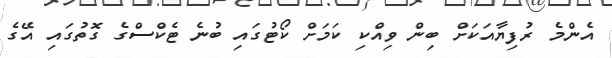
އެންމެ ރުފިޔާއަކަށް ބިން ވިއްކި ކަމަށް ކޯޓުގައި ބުނެ ޓެކްސްގެ ގޮތުގައި އޭގެ